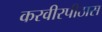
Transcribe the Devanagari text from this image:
करवीरपीठास